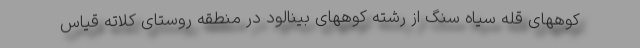
کوههای قله سیاه سنگ از رشته کوههای بینالود در منطقه روستای کلاته قیاس